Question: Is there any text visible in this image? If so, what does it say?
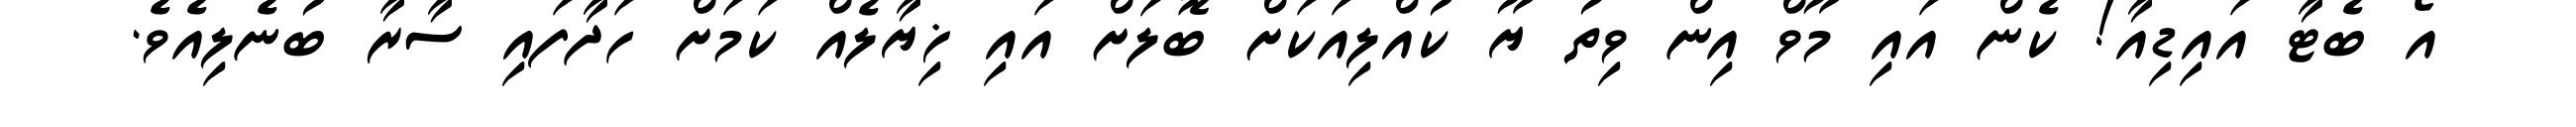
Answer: އޯ ބެޓާ އައިޑިއާ! ކެން އައި މޫވް އިން ވިތު ޔޫ ކުއްލިއަކަށް ބޮލަށް އައި ޚިޔާލެއް ކަމަށް ހަދާފައި ސާރާ ބުނެލިއެވެ.